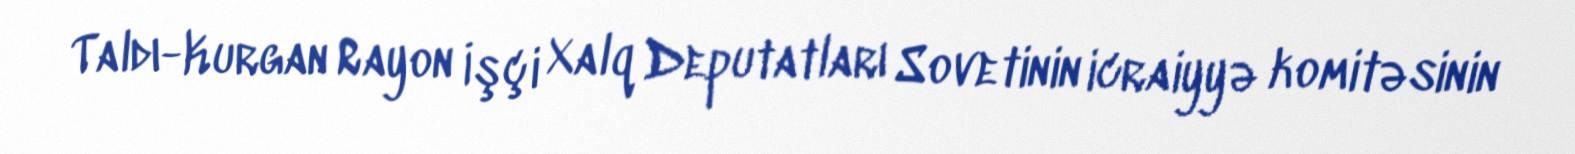
Taldı-Kurgan Rayon İşçi Xalq Deputatları Sovetinin icraiyyə komitəsinin